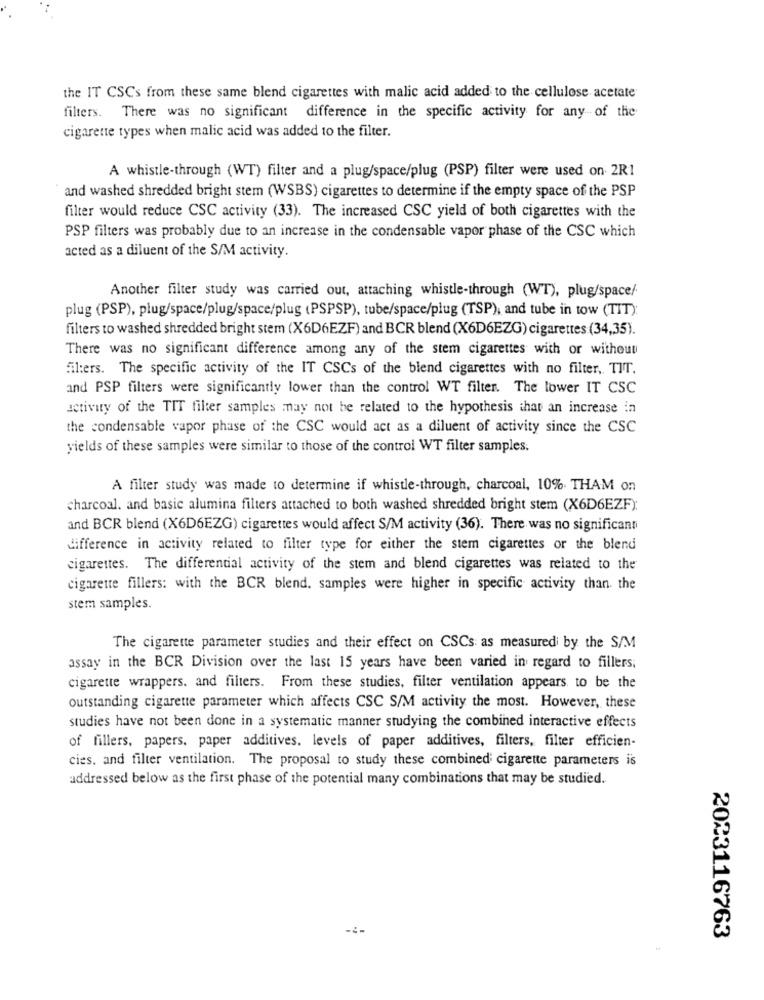
the IT CSCs from these same blend cigarettes with malic acid added to the cellulose acetate
filters. There was no significant difference in the specific activity for any of the
cigarette types when malic acid was added to the filter.
A whistle-through (WT) filter and a plug/space/plug (PSP) filter were used on 2R1
and washed shredded bright stem (WSBS) cigarettes to determine if the empty space of the PSP
filter would reduce CSC activity (33). The increased CSC yield of both cigarettes with the
PSP filters was probably due to an increase in the condensable vapor phase of the CSC which
acted as a diluent of the S/M activity.
Another filter study was carried out, attaching whistle-through (WT), plug/space/
plug (PSP), plug/space/plug/space/plug (PSPSP), tube/space/plug (TSP), and tube in tow (TIT):
filters to washed shredded bright stem (X6D6EZF) and BCR blend (X6D6EZG) cigarettes (34,35).
There was no significant difference among any of the stem cigarettes with or without
fil:ers. The specific activity of the IT CSCs of the blend cigarettes with no filter, TIT.
and PSP filters were significantly lower than the control WT filter. The lower IT CSC
activity of the TIT filter samples may not be related to the hypothesis that an increase in
the condensable vapor phase of the CSC would act as a diluent of activity since the CSC
yields of these samples were similar to those of the control WT filter samples.
A filter study was made to determine if whistle-through, charcoal, 10%. THAM on
charcoal. and basic alumina filters attached to both washed shredded bright stem (X6D6EZF);
and BCR blend (X6D6EZG) cigarettes would affect S/M activity (36). There was no significant
difference in activity related to filter type for either the stem cigarettes or the blend
cigarettes. The differential activity of the stem and blend cigarettes was related to the
cigarette fillers: with the BCR blend. samples were higher in specific activity than the
stem samples.
The cigarette parameter studies and their effect on CSCs as measured by the S/M
assay in the BCR Division over the last 15 years have been varied in regard to fillers;
cigarette wrappers. and filters. From these studies, filter ventilation appears to be the
outstanding cigarette parameter which affects CSC S/M activity the most. However, these
studies have not been done in a systematic manner studying the combined interactive effects
of fillers, papers. paper additives. levels of paper additives, filters, filter efficien-
cies. and filter ventilation. The proposal to study these combined cigarette parameters is
addressed below as the first phase of the potential many combinations that may be studied.
-:-
2023116763